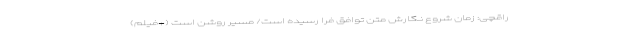
راقچی: زمان شروع نگارش متن توافق فرا رسیده است/ مسیر روشن است (+فیلم)